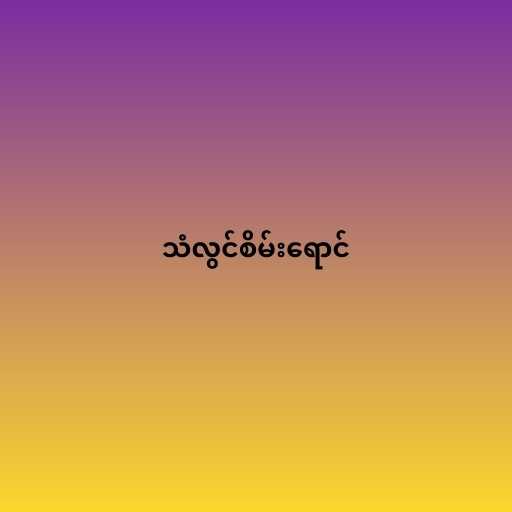
သံလွင်စိမ်းရောင်